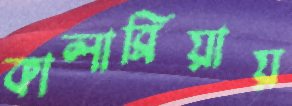
কালাব্রিয়ায়